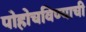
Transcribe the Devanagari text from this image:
पोहोचविण्याची